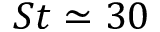
S t \simeq 3 0